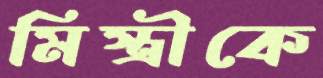
মিস্ত্রীকে